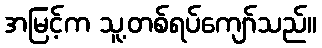
အမြင့်က သူ့တစ်ရပ်ကျော်သည်။